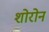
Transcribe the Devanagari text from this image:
शोरोन